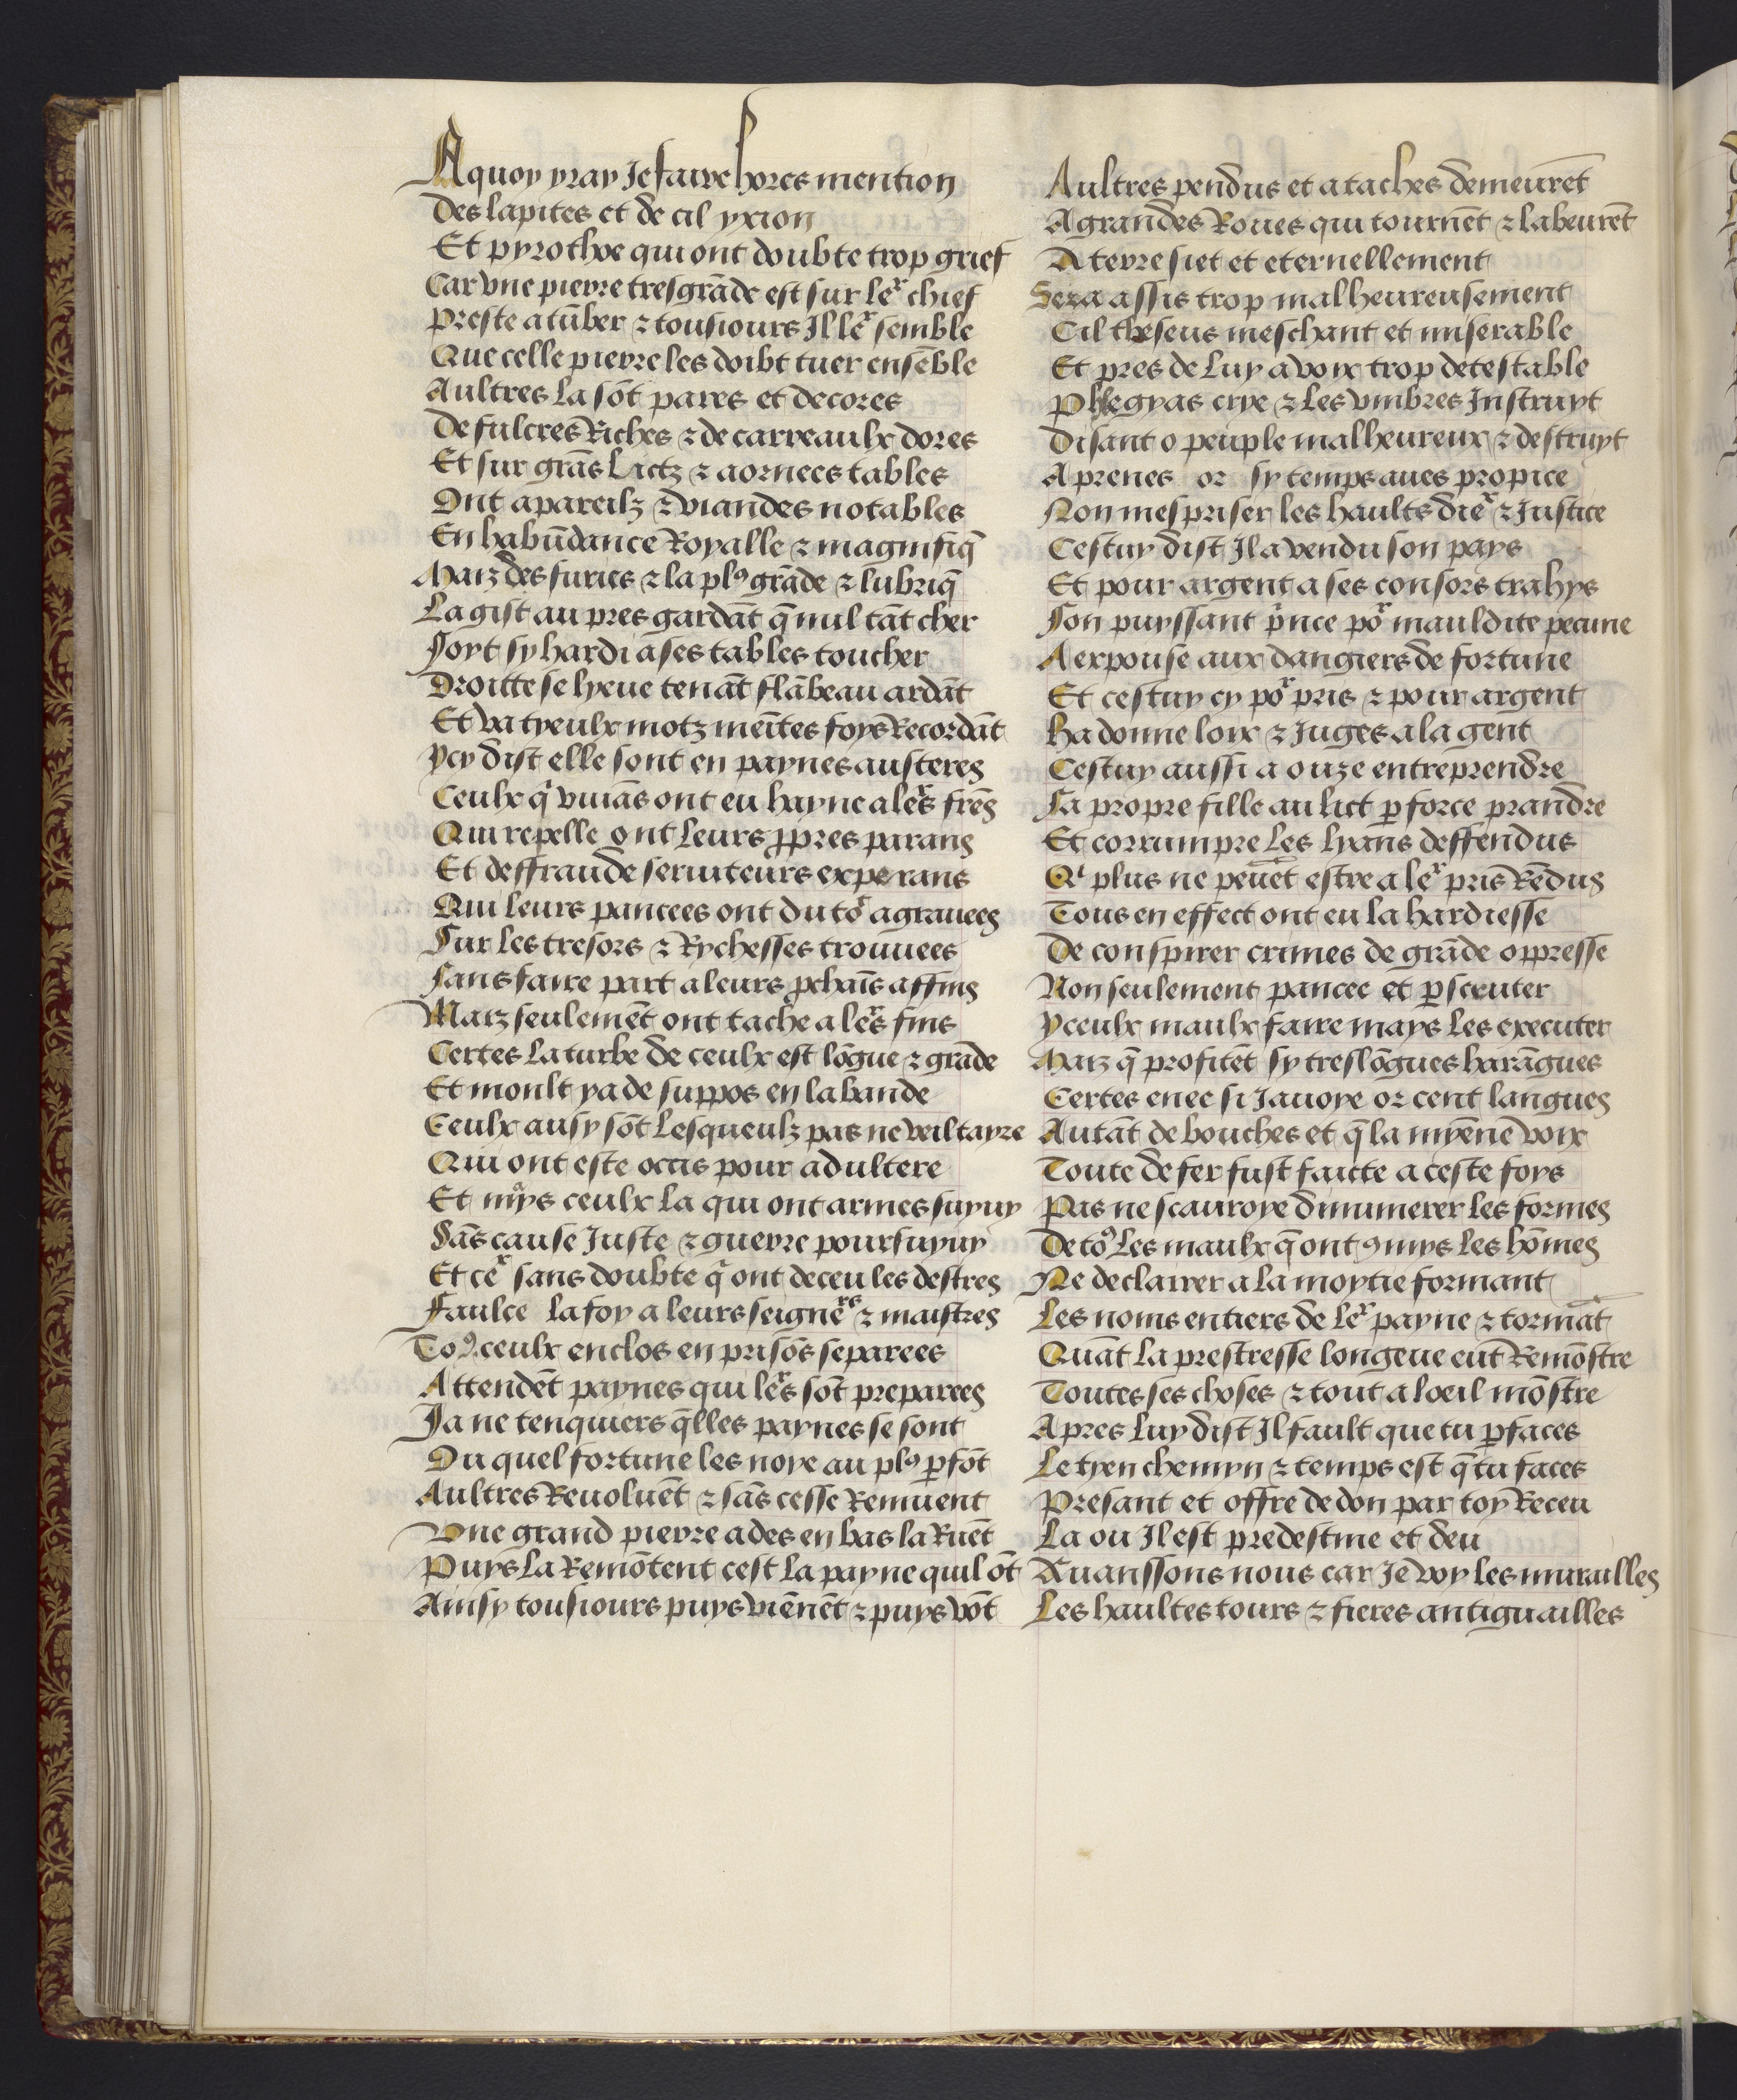
Shelfmark: Philadelphia, University of Pennsylvania, codex 909
Century: 15